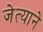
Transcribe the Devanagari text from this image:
जेत्याने